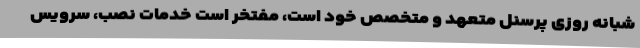
شبانه روزی پرسنل متعهد و متخصص خود است، مفتخر است خدمات نصب، سرویس